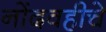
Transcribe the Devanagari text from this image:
नोंदवहीचे